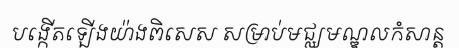
បង្កើតឡើងយ៉ាងពិសេស សម្រាប់មជ្ឈមណ្ឌលកំសាន្ត